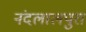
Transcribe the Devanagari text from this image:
नंदलालपुरा